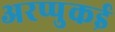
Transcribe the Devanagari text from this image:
अरप्पुकई